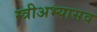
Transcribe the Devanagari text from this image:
स्त्रीअभ्यासव